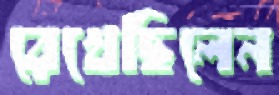
রেখেছিলেন